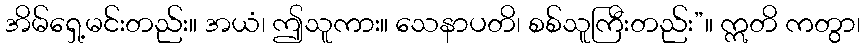
အိမ်ရှေ့မင်းတည်း။ အယံ၊ ဤသူကား။ သေနာပတိ၊ စစ်သူကြီးတည်း”။ ဣတိ ကတွာ၊